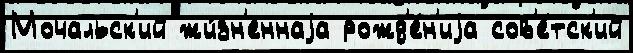
Мочальск'ий жи́зн'еннаjа рожд'е́н'иjа сов'е́тск'ий